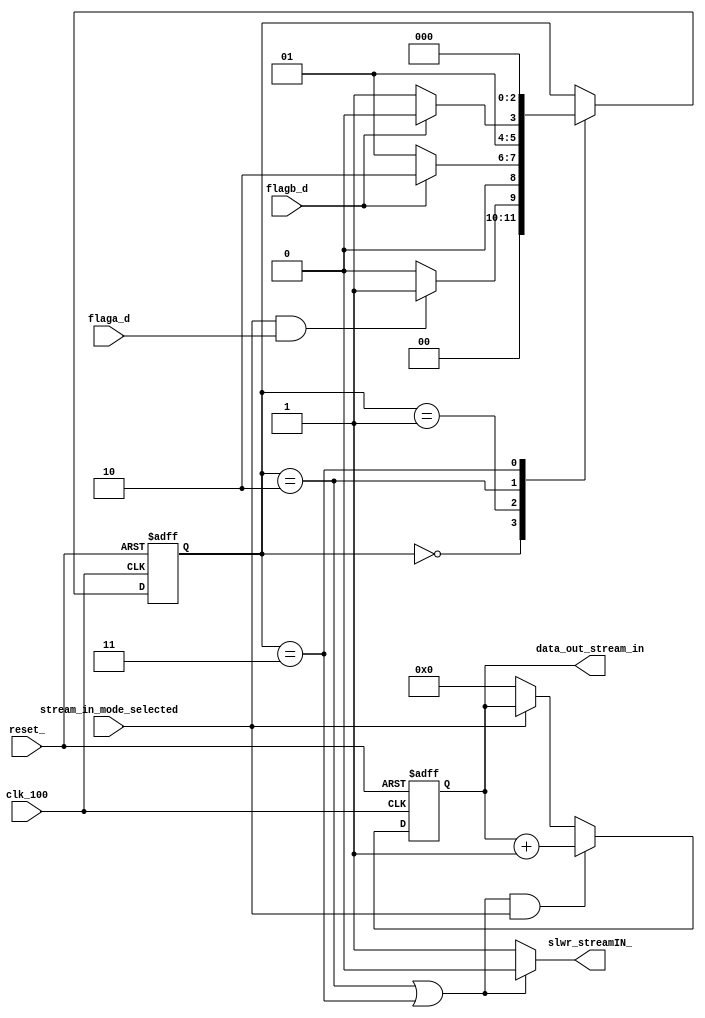
module slaveFIFO2b_streamIN(
	input  reset_,
	input  clk_100,
	input  stream_in_mode_selected,
	input  flaga_d,
	input  flagb_d,
	output slwr_streamIN_,
	output [31:0] data_out_stream_in
);

reg [2:0]current_stream_in_state;
reg [2:0]next_stream_in_state;
reg [31:0]data_gen_stream_in;

//parameters for StreamIN mode state machine
parameter [2:0] stream_in_idle                    = 3'd0;
parameter [2:0] stream_in_wait_flagb              = 3'd1;
parameter [2:0] stream_in_write                   = 3'd2;
parameter [2:0] stream_in_write_wr_delay          = 3'd3;

assign slwr_streamIN_ = ((current_stream_in_state == stream_in_write) | (current_stream_in_state == stream_in_write_wr_delay)) ? 1'b0 : 1'b1;

//streamIN mode state machine
always @(posedge clk_100, negedge reset_)begin
	if(!reset_)begin 
		current_stream_in_state <= stream_in_idle;
	end else begin
		current_stream_in_state <= next_stream_in_state;
	end	
end

//StreamIN mode state machine combo
always @(*)begin
	next_stream_in_state = current_stream_in_state;
	case(current_stream_in_state)
	stream_in_idle:begin
		if((stream_in_mode_selected) & (flaga_d == 1'b1))begin
			next_stream_in_state = stream_in_wait_flagb; 
		end else begin
			next_stream_in_state = stream_in_idle;
		end	
	end
	stream_in_wait_flagb :begin
		if (flagb_d == 1'b1)begin
			next_stream_in_state = stream_in_write; 
		end else begin
			next_stream_in_state = stream_in_wait_flagb; 
		end
	end
	stream_in_write:begin
		if(flagb_d == 1'b0)begin
			next_stream_in_state = stream_in_write_wr_delay;
		end else begin
		 	next_stream_in_state = stream_in_write;
		end
	end
        stream_in_write_wr_delay:begin
			next_stream_in_state = stream_in_idle;
	end
	endcase
end

//data generator counter for Partial, ZLP, StreamIN modes
always @(posedge clk_100, negedge reset_)begin
	if(!reset_)begin 
		data_gen_stream_in <= 32'd0;
	end else if((slwr_streamIN_ == 1'b0) & (stream_in_mode_selected)) begin
		data_gen_stream_in <= data_gen_stream_in + 1;
	end else if (!stream_in_mode_selected) begin
		data_gen_stream_in <= 32'd0;
	end	
end

assign data_out_stream_in = data_gen_stream_in;

endmodule